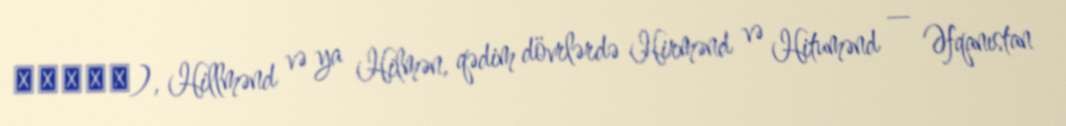
هلمند), Hillmənd və ya Hilmən, qədim dövrlərdə Hirmənd və Hitumənd — Əfqanıstan